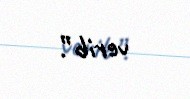
verib”.